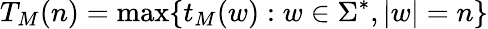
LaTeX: T_{M}(n)=\operatorname*{max}\{ t_{M}(w):w\in\Sigma^{*},|w|=n\}